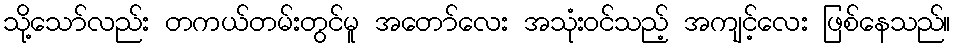
သို့သော်လည်း တကယ်တမ်းတွင်မူ အတော်လေး အသုံးဝင်သည့် အကျင့်လေး ဖြစ်နေသည်။